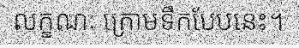
លក្ខណៈ ក្រោមទឹកបែបនេះ។